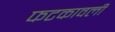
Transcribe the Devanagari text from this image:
फटकावली